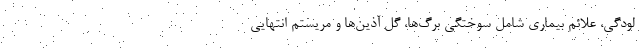
لودگی، علائم بیماری شامل سوختگی برگ‌ها، گل آذین‌ها و مریستم انتهایی